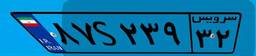
۸۷S۲۳۹۳۲